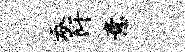
吞阡意